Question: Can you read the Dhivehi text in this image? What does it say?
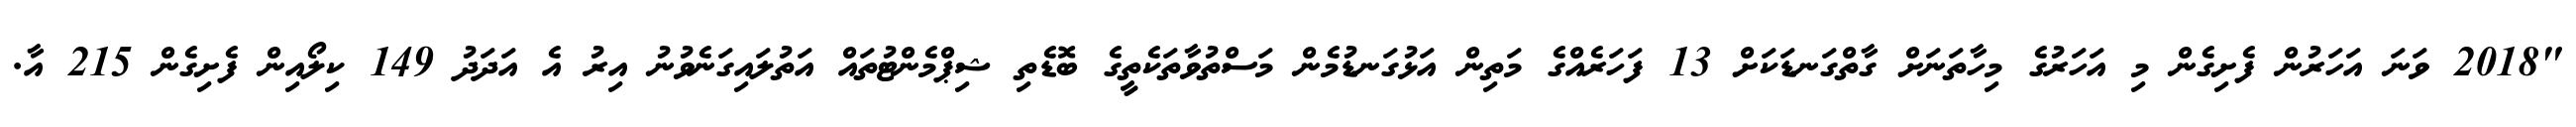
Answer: "2018 ވަނަ އަހަރުން ފެށިގެން މި އަހަރުގެ މިހާތަނަށް ގާތްގަނޑަކަށް 13 ފަހަރެއްގެ މަތިން އަޅުގަނޑުމެން މަސްތުވާތަކެތީގެ ބޮޑެތި ޝިޕްމެންޓުތައް އަތުލައިގަނެވުނު އިރު އެ އަދަދު 149 ކިލޯއިން ފެށިގެން 215 އާ.